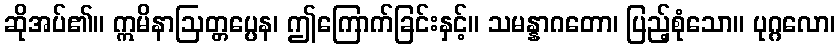
ဆိုအပ်၏။ ဣမိနာဩတ္တပ္ပေန၊ ဤကြောက်ခြင်းနှင့်။ သမန္နာဂတော၊ ပြည့်စုံသော။ ပုဂ္ဂလော၊